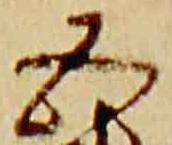
五